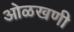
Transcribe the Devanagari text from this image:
ओळखणी